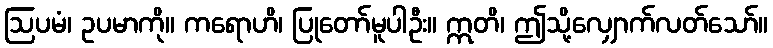
ဩပမံ၊ ဥပမာကို။ ကရောဟိ၊ ပြုတော်မူပါဦး။ ဣတိ၊ ဤသို့လျှောက်လတ်သော်။